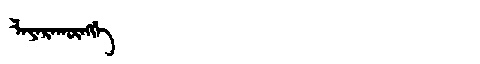
Manchu: ᠯᠠᠶᠠᡵᠠᡴᡡᠩᡤᡝ
Romanization: LAYARAKŪNGGE